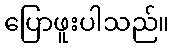
ပြောဖူးပါသည်။